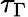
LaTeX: \tau_{\Gamma}